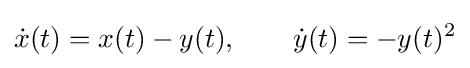
{\dot {x}}(t)=x(t)-y(t),\qquad {\dot {y}}(t)=-y(t)^{2}